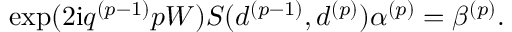
\exp ( 2 \mathrm { i } q ^ { ( p - 1 ) } p W ) S ( d ^ { ( p - 1 ) } , d ^ { ( p ) } ) \alpha ^ { ( p ) } = \beta ^ { ( p ) } .